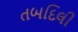
તબદિલી